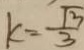
k = \frac { \sqrt { 3 } } { 3 }